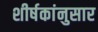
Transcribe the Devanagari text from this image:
शीर्षकांनुसार